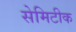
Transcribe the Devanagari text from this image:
सेमिटीक